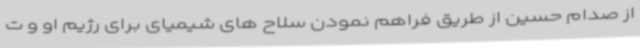
از صدام حسین از طریق فراهم نمودن سلاح های شیمیای برای رژیم او و ت